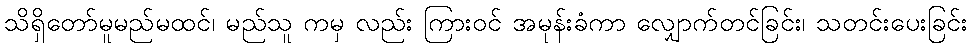
သိရှိတော်မူမည်မထင်၊ မည်သူ ကမှ လည်း ကြားဝင် အမုန်းခံကာ လျှောက်တင်ခြင်း၊ သတင်းပေးခြင်း